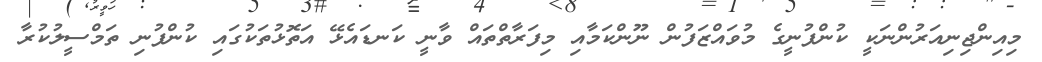
މިއިންޖިނިއަރުންނަކީ ކުންފުނީގެ މުވައްޒަފުން ނޫންކަމާއި މިފަރާތްތައް ވާނީ ކަނޑައެޅޭ އަތޮޅުތަކުގައި ކުންފުނި ތަމްސީލުކުރާ